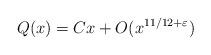
LaTeX: \begin{align*}Q(x) = C x + O(x^{11/12 + \varepsilon})\end{align*}